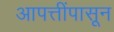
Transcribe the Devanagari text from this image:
आपत्तींपासून